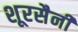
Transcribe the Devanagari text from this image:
शूरसैनी